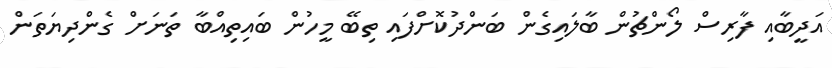
އަދީބާއި ފާރިސް ލޯންޗުން ބާލައިގެން ބަންދުކޮށްފައި ތިބޭ މީހުން ބައިތިއްބާ ތަނަށް ގެންދިޔަތަން